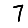
Digit: 7